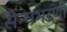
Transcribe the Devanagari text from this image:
सैन्यभरणी